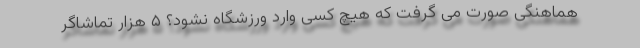
هماهنگی صورت می گرفت که هیچ کسی وارد ورزشگاه نشود؟ ۵ هزار تماشاگر